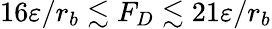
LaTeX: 16\varepsilon/r_{b}\lesssim F_{D}\lesssim 21\varepsilon/r_{b}